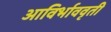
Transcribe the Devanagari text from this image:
आविर्भाववृती